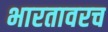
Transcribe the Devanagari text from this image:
भारतावरच